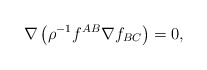
\begin{align*}\nabla \left(\rho^{-1}f^{AB}\nabla f_{BC}\right)=0,\end{align*}